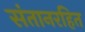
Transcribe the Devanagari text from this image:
संतानरहित